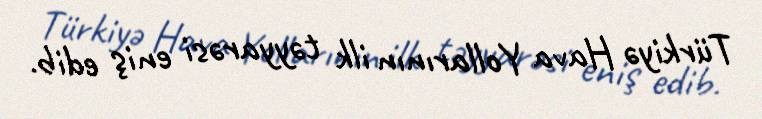
Türkiyə Hava Yollarının ilk təyyarəsi eniş edib.